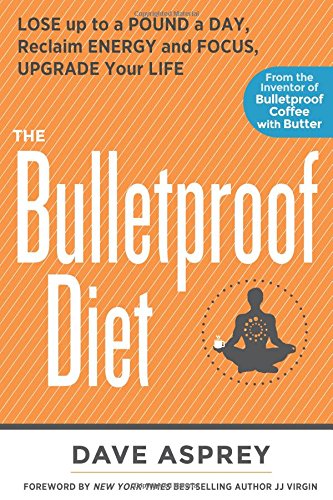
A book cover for The Bulletproof Diet: Lose up to a Pound a Day, Reclaim Energy and Focus, Upgrade Your Life; Dave Asprey; Health, Fitness & Dieting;